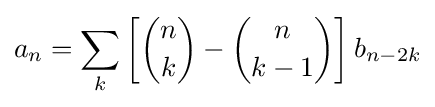
a_{n}=\sum _{k}\left[{\binom {n}{k}}-{\binom {n}{k-1}}\right]b_{n-2k}